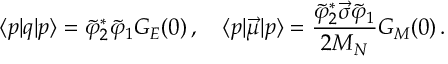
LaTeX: \langle p | q | p \rangle = \tilde { \varphi } _ { 2 } ^ { \ast } \tilde { \varphi } _ { 1 } G _ { E } ( 0 ) \, , \quad \langle p | \vec { \mu } | p \rangle = \frac { \tilde { \varphi } _ { 2 } ^ { \ast } \vec { \sigma } \tilde { \varphi } _ { 1 } } { 2 M _ { N } } G _ { M } ( 0 ) \, .